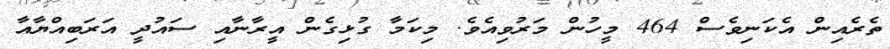
ތެރެއިން އެކަނިވެސް 464 މީހުން މަރުވިއެވެ. މިކަމާ ގުޅިގެން އީރާނާއި ސައުދީ އަރަބިއްޔާއާ